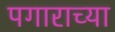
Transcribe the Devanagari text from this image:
पगाराच्या